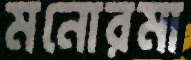
মনোরমা